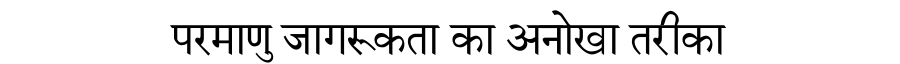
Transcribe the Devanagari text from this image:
परमाणु जागरूकता का अनोखा तरीका